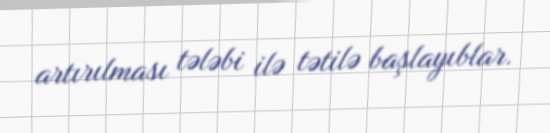
artırılması tələbi ilə tətilə başlayıblar.